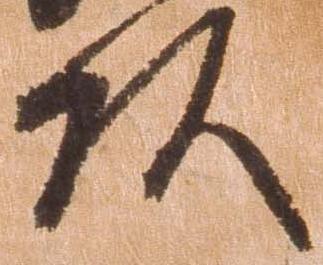
頭